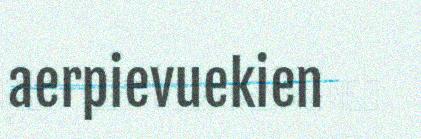
aerpievuekien